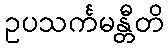
ဥပသင်္ကမန္တီတိ